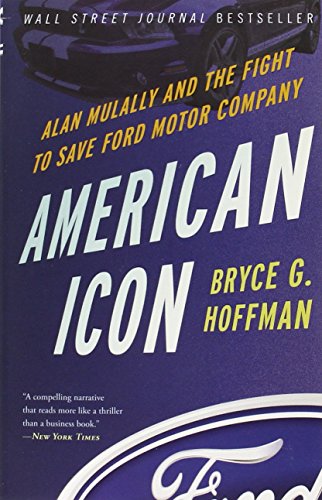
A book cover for American Icon: Alan Mulally and the Fight to Save Ford Motor Company; Bryce G. Hoffman; Business & Money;